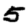
Digit: 5